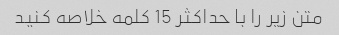
متن زیر را با حداکثر 15 کلمه خلاصه کنید